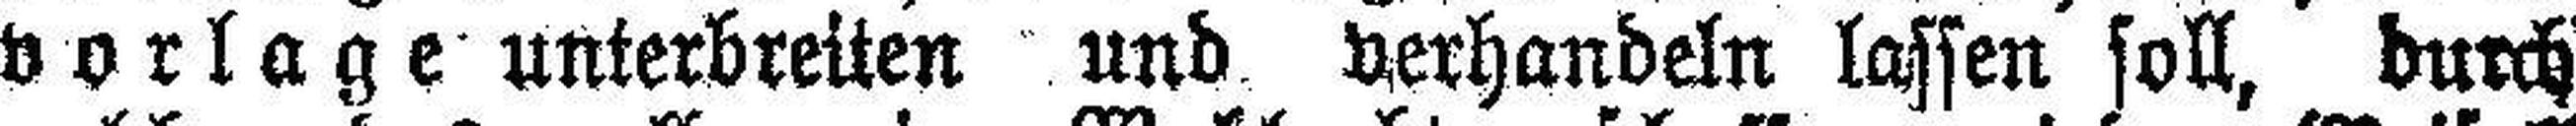
vorlage unterbreiten und verhandeln lassen soll, durch